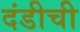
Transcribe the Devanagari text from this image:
दंडीची